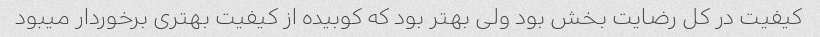
کیفیت در کل رضایت بخش بود ولی بهتر بود که کوبیده از کیفیت بهتری برخوردار میبود